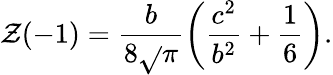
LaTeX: \mathcal{Z}(-1)=\frac{{b}}{{8\sqrt{}{{\pi}}}}\left(\frac{{c^{2}}}{{b^{2}}}+\frac{{1}}{{6}}\right).